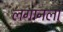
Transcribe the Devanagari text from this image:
लगानला